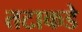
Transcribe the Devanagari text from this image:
तटाकडे